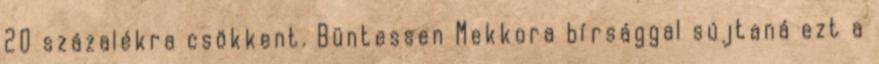
20 százalékra csökkent. Büntessen Mekkora bírsággal sújtaná ezt a